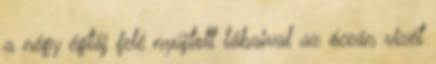
a négy égtáj felé nyújtott lábaival az óceán vizét